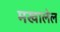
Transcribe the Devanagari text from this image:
मखालेल